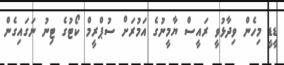
ޑީޑީ މިހެން ވިދާޅުވީ ރައީސް ޔާމީނުގެ އަމުރަށް ސުޕްރީމް ކޯޓުގެ ޓިނު ނަގައިގެން